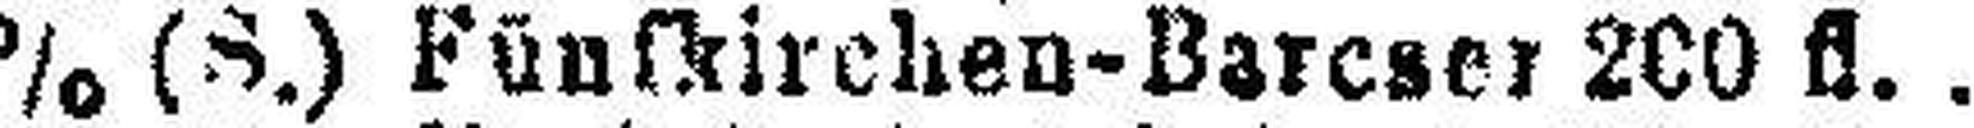
5% (S.) Fünfkirchen-Barcser 200 fl.